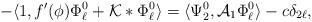
LaTeX: \begin{align*}-\langle1,f'(\phi)\Phi_{\ell}^{0} + \mathcal{K}*\Phi_{\ell}^{0} \rangle &= \langle\Psi_{2}^{0},\mathcal{A}_{1}\Phi_{\ell}^{0}\rangle - c\delta_{2\ell},\end{align*}